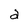
Character: a